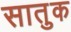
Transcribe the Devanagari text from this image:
सातुक